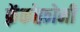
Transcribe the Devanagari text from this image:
फ़्रेंकोफ़ोनी